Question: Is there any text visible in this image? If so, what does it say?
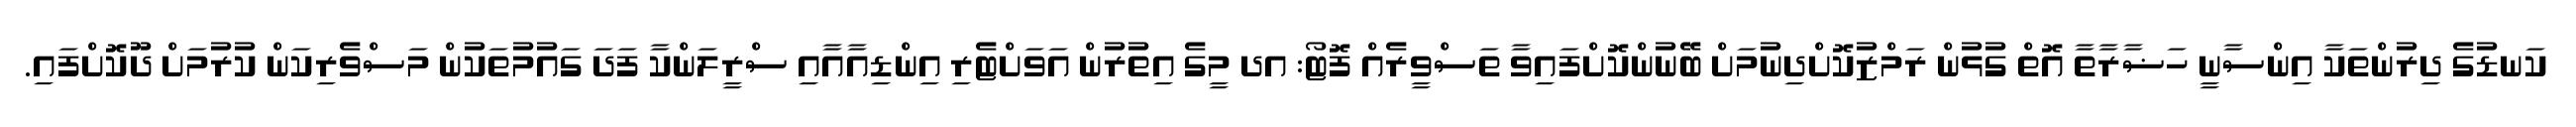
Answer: ކަނޑުގެ ދިރުންތަކާ އިންސާނީ ހަޟާރާތާ އޮތް ގުޅުން ރަމްޒުކޮށްދިނުމަށް ބޭނުންކޮށްފައިވާ ތަސްވީރެއް ފޮޓޯ: އދ މީގެ އިތުރުން އަވަށްޓެރި އިންޑިއާއާއި ސްރީލަންކާ ފަދަ ގައުމުތަކުން މަސްވެރިކަން ކުރުމަށް ދޫކޮށްފައި.